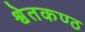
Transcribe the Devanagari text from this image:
श्वेतकण्ठ